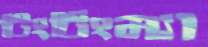
টিংটিংম্যা